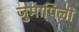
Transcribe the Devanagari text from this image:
जुमापिली